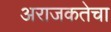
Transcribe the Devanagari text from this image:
अराजकतेचा